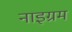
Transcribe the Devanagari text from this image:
नाइग्रम